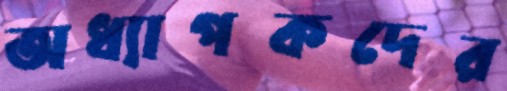
অধ্যাপকদের